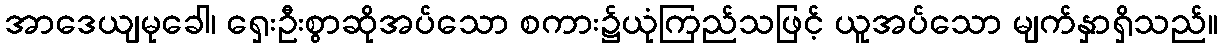
အာဒေယျမုခေါ၊ ရှေးဦးစွာဆိုအပ်သော စကား၌ယုံကြည်သဖြင့် ယူအပ်သော မျက်နှာရှိသည်။